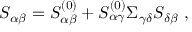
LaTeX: S _ { \alpha \beta } = S _ { \alpha \beta } ^ { ( 0 ) } + S _ { \alpha \gamma } ^ { ( 0 ) } \Sigma _ { \gamma \delta } S _ { \delta \beta } \ ,